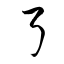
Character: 弓